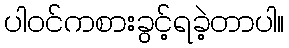
ပါဝင်ကစားခွင့်ရခဲ့တာပါ။